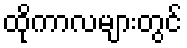
ထိုကာလများတွင်